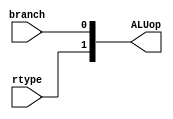
module yC3(ALUop, rtype, branch);
output [1:0] ALUop;
input rtype, branch;
assign ALUop[0] = branch;
assign ALUop[1] = rtype;
endmodule